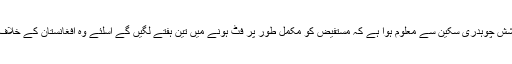
بنگلہ دیش کرکٹ بورڈ (بی سی بی) کے ڈاکٹر دیباشش چوہدری سکین سے معلوم ہوا ہے کہ مستفیض کو مکمل طور پر فٹ ہونے میں تین ہفتے لگیں گے اسلئے وہ افغانستان کے خلاف ٹی ٹونٹی سیریز میں ٹیم کو دستیاب نہیں ہوں گے۔